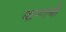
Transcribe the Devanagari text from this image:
यान्गबी